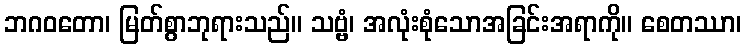
ဘဂဝတော၊ မြတ်စွာဘုရားသည်။ သဗ္ဗံ၊ အလုံးစုံသောအခြင်းအရာကို။ စေတဿာ၊